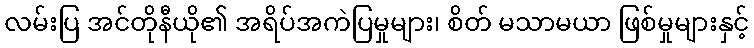
လမ်းပြ အင်တိုနီယို၏ အရိပ်အကဲပြမှုများ၊ စိတ် မသာမယာ ဖြစ်မှုများနှင့်